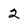
Character: 2